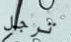
ترجل